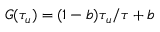
G ( \tau _ { u } ) = ( 1 - b ) \tau _ { u } / \tau + b